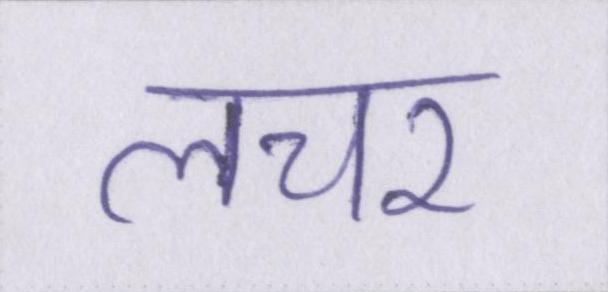
लचर